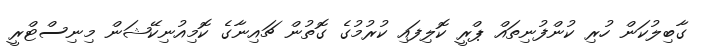
ގާބިލުކަން ހުރި ކުންފުނިތައް ޕްރީ ކޮލިފައި ކުރުމުގެ ގޮތުން ޗައިނާގެ ކޮމިއުނިކޭޝަން މިނިސްޓްރީ